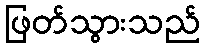
ဖြတ်သွားသည်